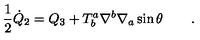
\frac { 1 } { 2 } { \dot { Q } } _ { 2 } = Q _ { 3 } + T _ { b } ^ { a } \nabla ^ { b } \nabla _ { a } \sin \theta \qquad .